Plague in India, 1896, 1897 - Volume 3
Year: 1896
Disease focus: Plague
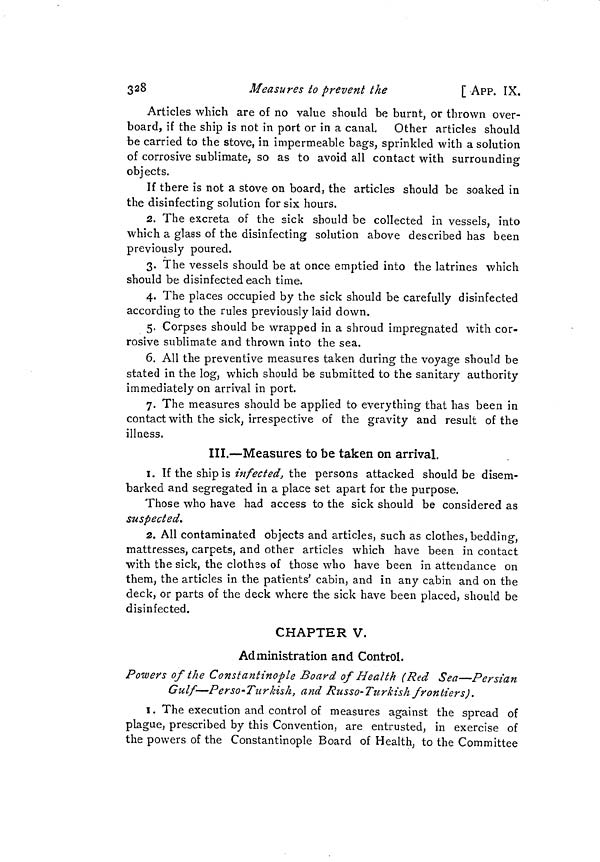
328
Measures to prevent the
[ APP. IX.
Articles which are of no value should be burnt, or thrown over-
board, if the ship is not in port or in a canal. Other articles should
be carried to the stove, in impermeable bags, sprinkled with a solution
of corrosive sublimate, so as to avoid all contact with surrounding
objects.
If there is not a stove on board, the articles should be soaked in
the disinfecting solution for six hours.
2. The excreta of the sick should be collected in vessels, into
which a glass of the disinfecting solution above described has been
previously poured.
3. The vessels should be at once emptied into the latrines which
should be disinfected each time.
4. The places occupied by the sick should be carefully disinfected
according to the rules previously laid down.
5. Corpses should be wrapped in a shroud impregnated with cor-
rosive sublimate and thrown into the sea.
6. All the preventive measures taken during the voyage should be
stated in the log, which should be submitted to the sanitary authority
immediately on arrival in port.
7. The measures should be applied to everything that has been in
contact with the sick, irrespective of the gravity and result of the
illness.
III.—Measures to be taken on arrival.
1. If the ship is infected, the persons attacked should be disem-
barked and segregated in a place set apart for the purpose.
Those who have had access to the sick should be considered as
suspected.
2. All contaminated objects and articles, such as clothes, bedding,
mattresses, carpets, and other articles which have been in contact
with the sick, the clothes of those who have been in attendance on
them, the articles in the patients' cabin, and in any cabin and on the
deck, or parts of the deck where the sick have been placed, should be
disinfected.
CHAPTER V.
Administration and Control.
Powers of the Constantinople Board of Health (Red Sea—Persian
Gulf—Perso'Turkish, and Russo-Turkish frontiers).
I. The execution and control of measures against the spread of
plague, prescribed by this Convention, are entrusted, in exercise of
the powers of the Constantinople Board of Health, to the Committee